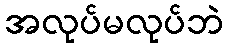
အလုပ်မလုပ်ဘဲ